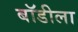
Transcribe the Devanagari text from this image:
बॉडीला